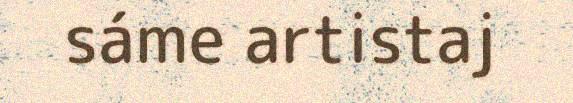
sáme artistaj